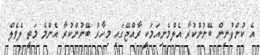
އެ ކުންފުނިން ބޭނުންކުރާ އެލްމެނިއަމަކީ ރާއްޖޭގައި މިހާރު ބޭނުންކުރާ އެންމެ މަތީ ލެވެލް